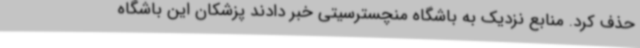
حذف کرد. منابع نزدیک به باشگاه منچسترسیتی خبر دادند پزشکان این باشگاه